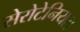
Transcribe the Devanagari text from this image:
सेरोटेनियस